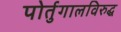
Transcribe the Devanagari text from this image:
पोर्तुगालविरुद्ध